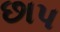
છાપ